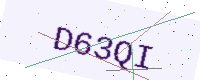
Text: D63QI